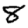
Digit: 8